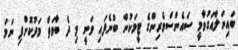
ބައިނަލްއަގުވާމީ ސައެންސްވެރިންގެ ޓީމަކުން ބުނެފައި ވަނީ މި ދެ ބާވަތް މަދުކޮށްފި ނަމަ